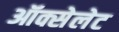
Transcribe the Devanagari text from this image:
ऑक्सेलेट